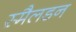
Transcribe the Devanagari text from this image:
स्मैलडन